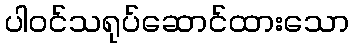
ပါဝင်သရုပ်ဆောင်ထားသော